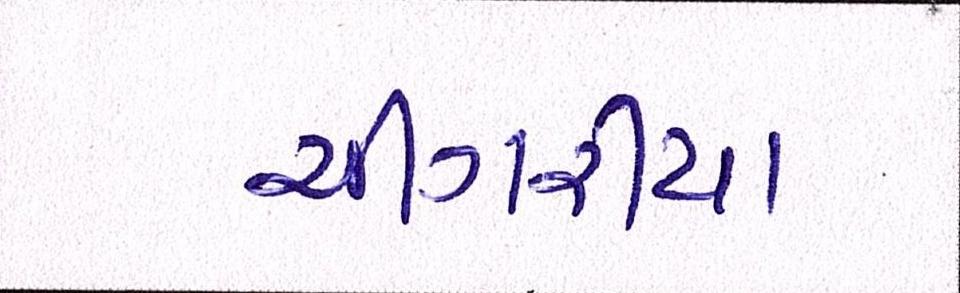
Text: ચીંગરીયા